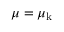
\mu = \mu _ { \mathrm { k } }